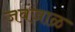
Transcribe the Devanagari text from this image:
जवंजाळ